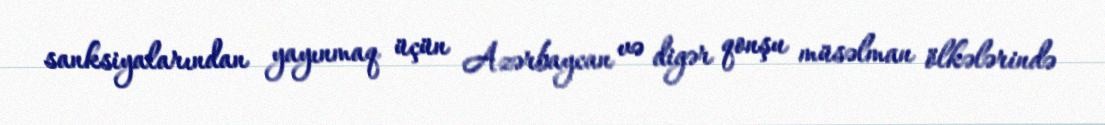
sanksiyalarından yayınmaq üçün Azərbaycan və digər qonşu müsəlman ölkələrində